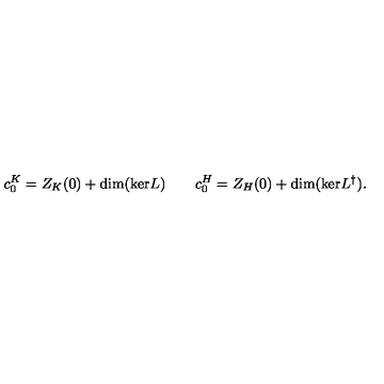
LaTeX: c _ { 0 } ^ { K } = Z _ { K } ( 0 ) + \mathrm { d i m } ( \mathrm { k e r } L ) \qquad c _ { 0 } ^ { H } = Z _ { H } ( 0 ) + \mathrm { d i m } ( \mathrm { k e r } L ^ { \dag } ) .